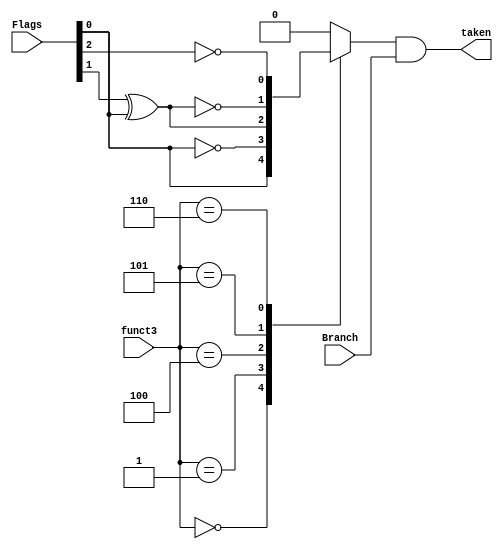
`timescale 1ns / 1ps
//////////////////////////////////////////////////////////////////////////////////
// Company: 
// Engineer: 
// 
// Design Name: 
// Module Name: bu
// Project Name: 
// Target Devices: 
// Tool Versions: 
// Description: 
// 
// Dependencies: 
// 
// Revision:
// Revision 0.01 - File Created
// Additional Comments:
// 
//////////////////////////////////////////////////////////////////////////////////


module bu(
    input                   Branch,
    input       [3:0]       Flags,
    input       [2:0]       funct3,
    output                  taken       
    );
//wire define
wire v,c,n,z;       //flags
//ref define
reg cond;           //cond =1 when condition for branch met
assign {v,c,n,z}=Flags;
assign taken = cond & Branch;
always@(*)begin
    case(funct3)
        3'b000:cond = z;        // beq   
        3'b001:cond = ~z;       // bne
        3'b100:cond = n^z;      // blt
        3'b101:cond = ~(n^z);   // bge
        3'b110:cond = ~c;       //bltu
        3'b110:cond = c;        //bgeu
        default: cond = 1'b0;
    endcase
end
   
endmodule